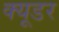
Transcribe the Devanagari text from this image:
क्यूडर